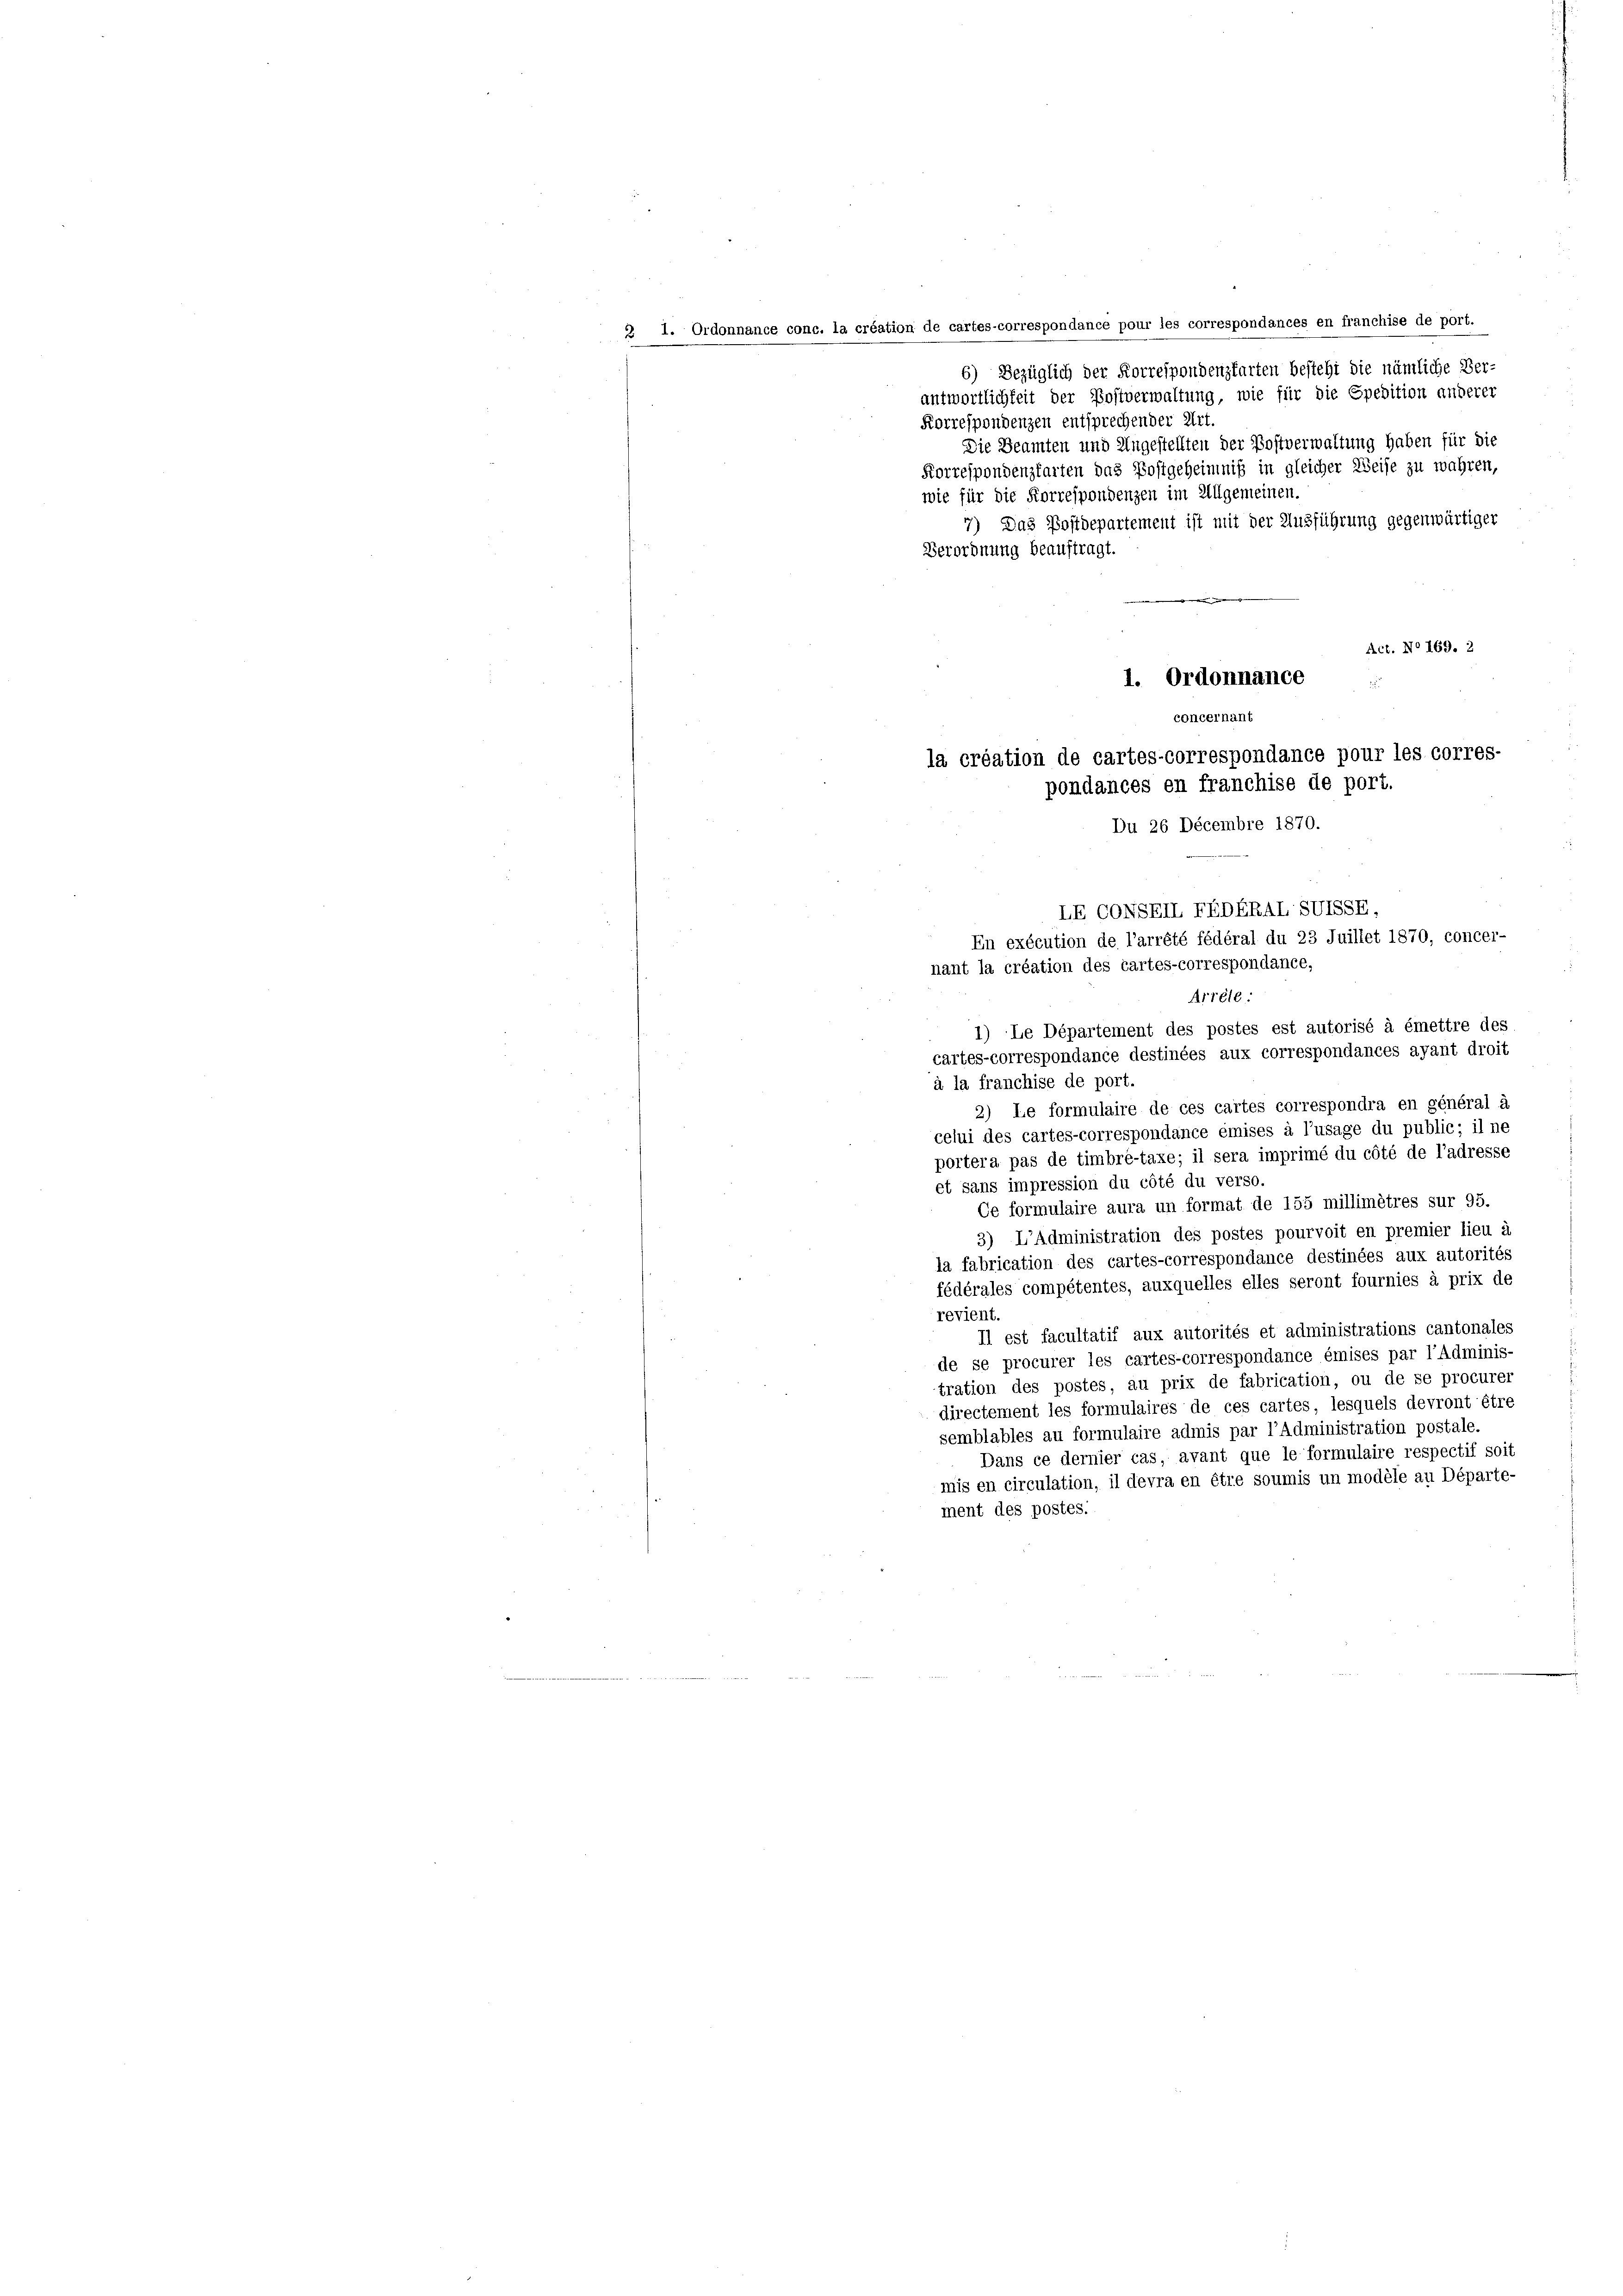
2 1. Ordor

Ce

nc. la création de cartes-correspondance pour les correspondances en franchise de port.
6) Bezüglich der Korrespondenzfarten besteht die nämliche Ver-
antwortlichkeit der Postverwaltung, wie für die Spedition anderer
Korrespondenzen entsprechender Art.
Die Beamten und Ungestellten der Bostverwaltung haben für die
Korrespondenzkarten das Postgeheimniß in gleicher Weise zu wahren,
wie für die Korrespondenzen im Allgemeinen.
7) Das Postdepartement ist mit der Ausführung gegenwärtiger
Verordnung beauftragt.
Act. No 169. 2
1. Ordonnance
i

concernant
la création de cartes-correspondance pour les corres-
pondances en franchise de port.
Du 26 Decembre 1870.

à la franchise de port.
2) Le formulaire de ces cartes correspondra en général à
celui des cartes-correspondance émises à l’usage du public; il ne
portera pas de timbré-taxe; il sera imprimé du côté de l’adresse
et sans impression du côté du verso.
Ce formulaire aura un format de 155 millimètres sur 95.
3) L’Administration des postes pourvoit en premier lieu à
la fabrication des cartes-correspondance destinées aux autorités
fédérales compétentes, auxquelles elles seront fournies à prix de
revient.
Il est facultatif aux autorités et administrations cantonales
de se procurer les cartes-correspondance émises par l’Adminis-
tration des postes, au prix de fabrication, ou de se procurer
directement les formulaires de ces cartes, lesquels devront être
semblables au formulaire admis par l’Administration postale.
Dans ce dernier cas, avant que le formulaire respectif soit
mis en circulation, il devra en être soumis un modele an Départe-
ment des postes.

LE CONSEIL FEDERAL SVISSE,
nant la création des cartes-correspondance,
Arréte
1) Le Département des postes est autorisé à émettre des
cartes-correspondance destinées aux correspondances ayant droit

En exécution de l’arrété fédéral du 23 Juillet 1870, concer-